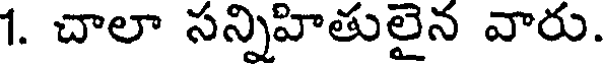
1. చాలా సన్నిహితులైన వారు.